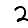
Digit: 2